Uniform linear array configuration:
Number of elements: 4
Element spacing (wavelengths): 0.5
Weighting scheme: hamming
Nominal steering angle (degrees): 30
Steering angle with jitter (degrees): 30.272
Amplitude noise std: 0.05
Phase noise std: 0.05

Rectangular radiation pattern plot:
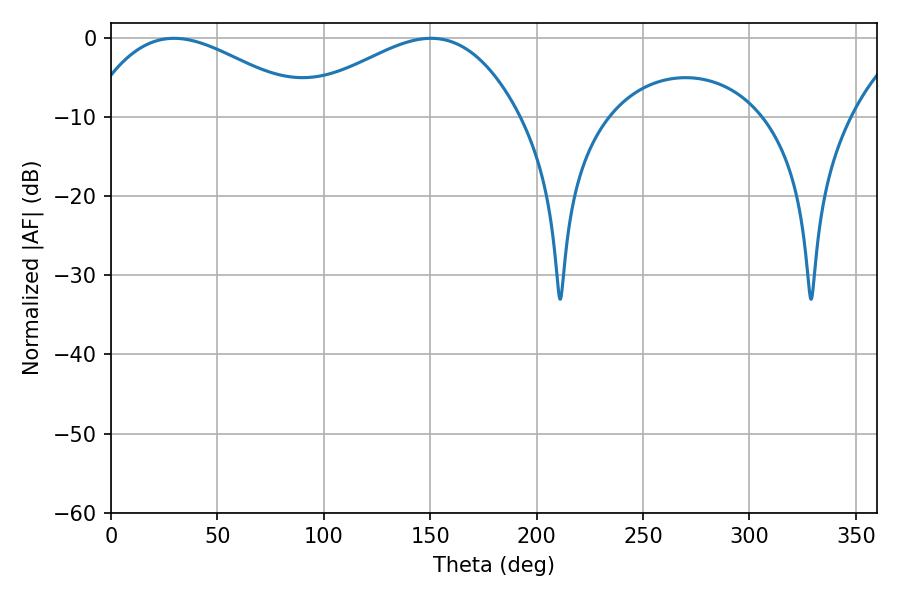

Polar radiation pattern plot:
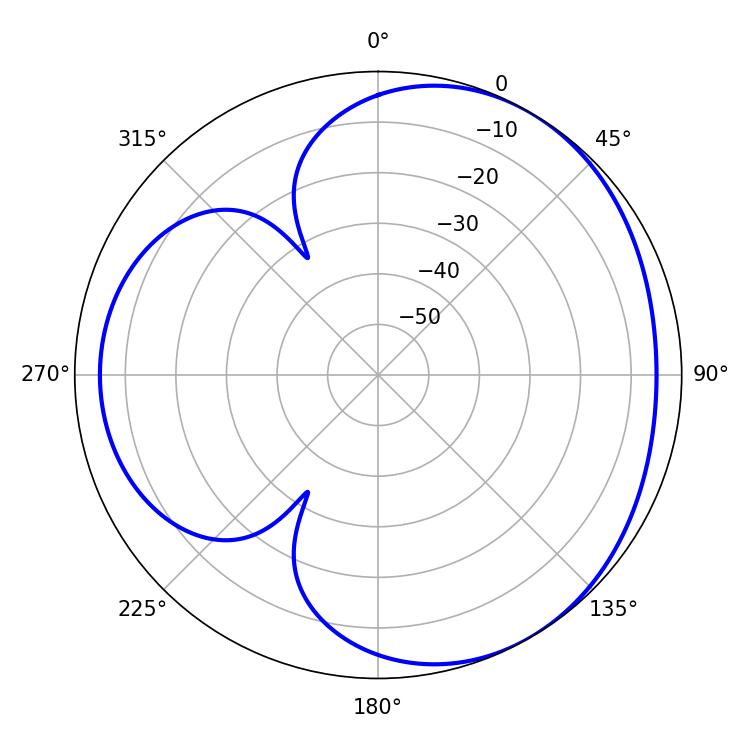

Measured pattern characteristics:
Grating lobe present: FALSE
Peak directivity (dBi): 3.572
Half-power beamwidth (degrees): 57.24
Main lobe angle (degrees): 29.7